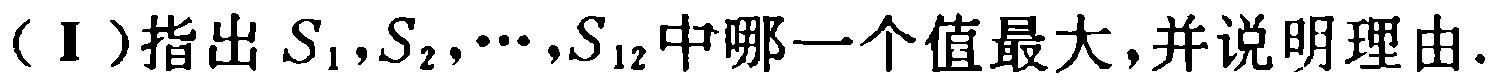
（Ⅰ）指出\(S_{1},S_{2},\cdots,S_{12}\)中哪一个值最大，并说明理由.